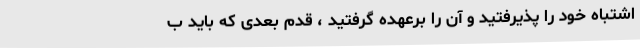
اشتباه خود را پذیرفتید و آن را برعهده گرفتید ، قدم بعدی که باید ب